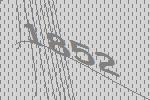
1852